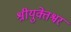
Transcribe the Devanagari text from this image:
श्रीयुक्तेश्वर